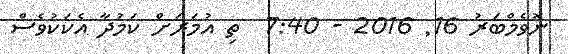
ނޮވެމްބަރު 16